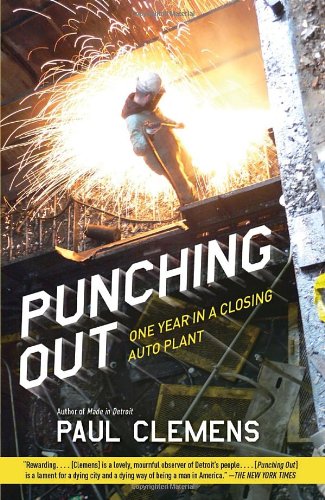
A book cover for Punching Out: One Year in a Closing Auto Plant; Paul Clemens; Business & Money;